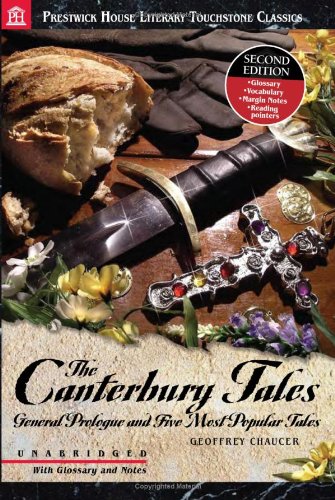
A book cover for The Canterbury Tales; Geoffrey Chaucer; Literature & Fiction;